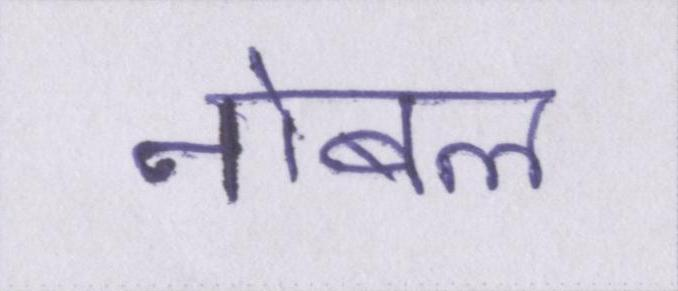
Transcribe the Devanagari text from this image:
नोबल